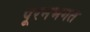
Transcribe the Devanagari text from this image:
पूरनभगत